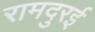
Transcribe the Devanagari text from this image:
रामदुरई